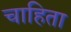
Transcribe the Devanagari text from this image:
चाहिता